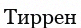
Тиррен